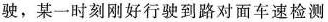
驶，某一时刻刚好行驶到路对面车速检测